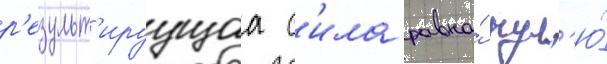
р'езульт'ируущаа с'ила равна́ нул'ю́